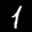
Label: 1